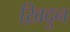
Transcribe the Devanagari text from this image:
ख़िदुन